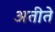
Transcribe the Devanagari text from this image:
अतीते